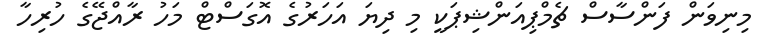
މިނިވަން ފަންސާސް ޗެމްޕިއަންޝިޕަކީ މި ދިޔަ އަހަރުގެ އޮގަސްޓް މަހު ރާއްޖޭގެ ހުރިހާ